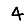
Digit: 4